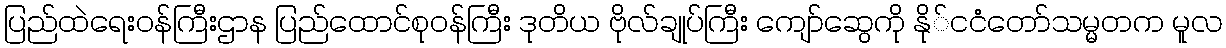
ပြည်ထဲရေးဝန်ကြီးဌာန ပြည်ထောင်စုဝန်ကြီး ဒုတိယ ဗိုလ်ချုပ်ကြီး ကျော်ဆွေကို နို်ငငံတော်သမ္မတက မူလ